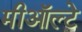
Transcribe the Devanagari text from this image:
मीऑल्टे